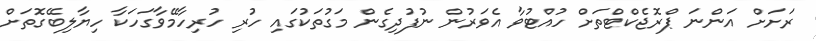
ރަށަށް އަންނަ ޕްރޮޖެކްޓްތަށް ހުއްޓުވާ އެވަރުން ނުފުދިގެން މަގުތަކުގައި ހުރި ހުރިހާމޭވާގަހަކާ ހިޔާލިބޭގޮތަށް